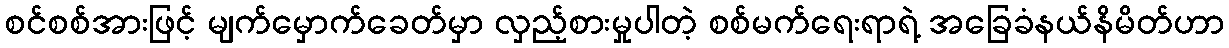
စင်စစ်အားဖြင့် မျက်မှောက်ခေတ်မှာ လှည့်စားမှုပါတဲ့ စစ်မက်ရေးရာရဲ့ အခြေခံနယ်နိမိတ်ဟာ